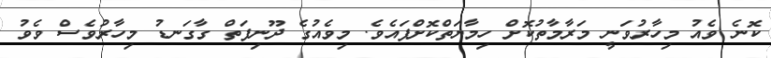
ކޮނެ ވެއު މިހާރުވަނީ މަރާމާތުކޮށް ހިމާޔަތްކޮށްފައެވެ. މިވެއުގެ ދޫނިފަތް ގާގަނޑު މިހާރުވެސް ވެވު